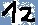
Text: 12